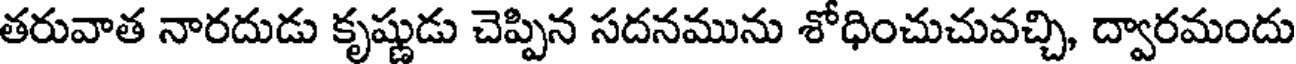
తరువాత నారదుడు కృష్ణుడు చెప్పిన సదనమును శోధించుచువచ్చి, ద్వారమందు